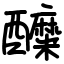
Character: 醾